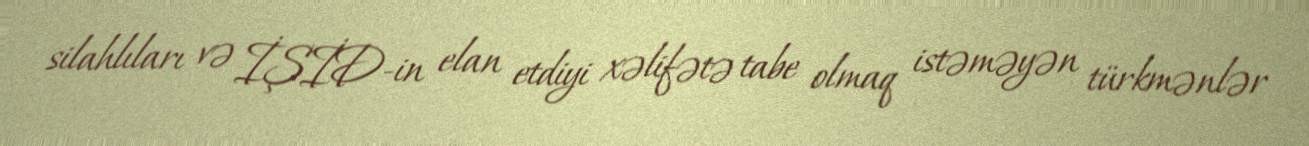
silahlıları və İŞİD-in elan etdiyi xəlifətə tabe olmaq istəməyən türkmənlər